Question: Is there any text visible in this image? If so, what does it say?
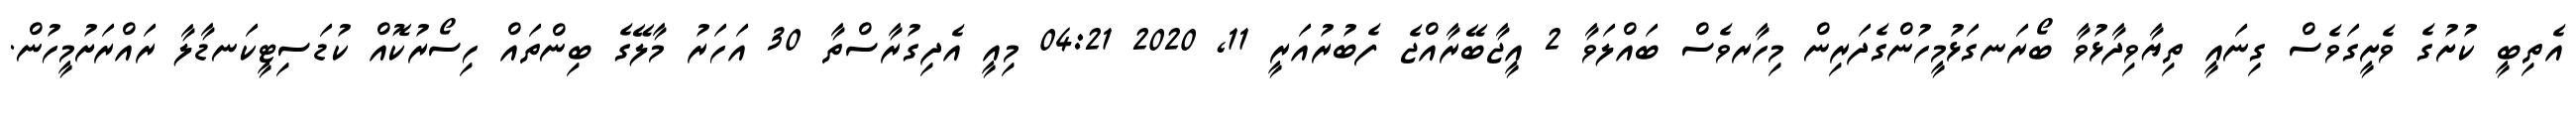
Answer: އެތިބީ ކުށުގެ ވެށީގަވެސް ގިނައީ ތިޔާވިދާޅުވާ ބޯރަނގަޅުމީހުންގެދަރިން މިހާރވެސް ބައްލަވާ 2 އީޖާބޭރާއްޖެ ފެބުރުއަރީ 11, 2020 04:21 މިއީ އެދިގުރާސްތާ 30 އަހަރު މާލޭގެ ބިންތައް ހިސޯރުކޮއް ކުޑަސިޓީކަނޑާލާ ރައްރަށުމީހުން.